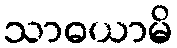
သာဓယာမိ